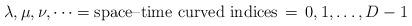
LaTeX: \begin{align*}\lambda,\mu,\nu,\dots = \mbox{space--time curved indices} \, = \, 0,1,\dots,D-1\end{align*}